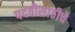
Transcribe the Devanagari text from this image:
पदवीसाठीचे